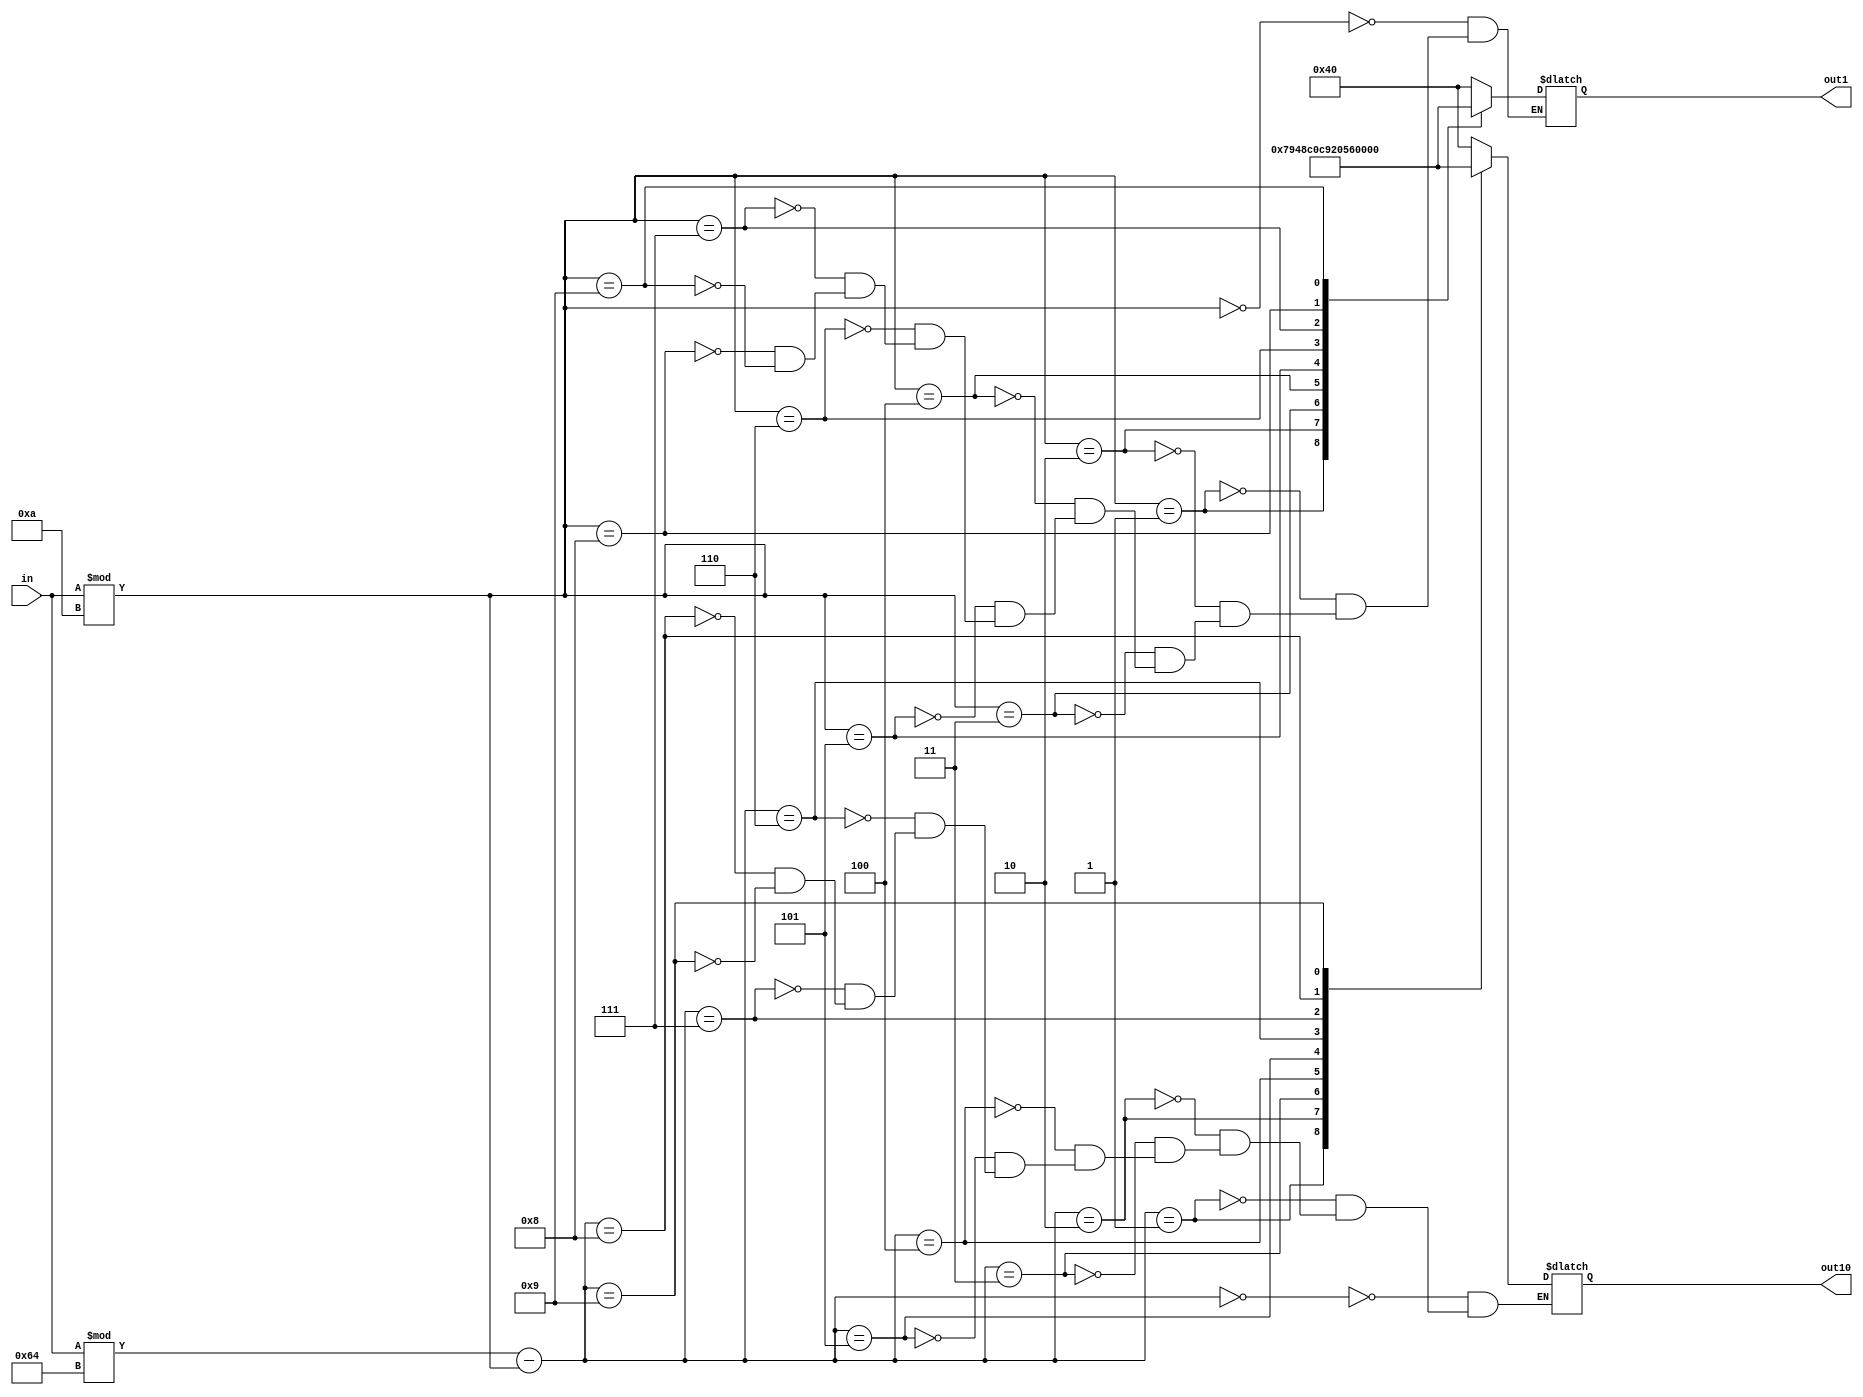
// This program was cloned from: https://github.com/Darkborderman/schoolWorks
// License: BSD 2-Clause "Simplified" License

`define TimeExpire 32'd50000000
`define countdownTime 8'd10

//display number between 0 to 99
module displayNumber(in,out10,out1);
//input number
input [7:0]in;
//out10 mean 10's, out1 mean 1's
output [6:0]out10;
output [6:0]out1;
reg [6:0]out10;
reg [6:0]out1;

always@(in)
begin
    case(in%100-in%10)
            5'd0: out10=7'b1000000;
            5'd1: out10=7'b1111001;
            5'd2: out10=7'b0100100;
            5'd3: out10=7'b0110000;
            5'd4: out10=7'b0011001;
            5'd5: out10=7'b0010010;
            5'd6: out10=7'b0000010;
            5'd7: out10=7'b1011000;
            5'd8: out10=7'b0000000;
            5'd9: out10=7'b0010000;
    endcase
    case(in%10)
            5'd0: out1=7'b1000000;
            5'd1: out1=7'b1111001;
            5'd2: out1=7'b0100100;
            5'd3: out1=7'b0110000;
            5'd4: out1=7'b0011001;
            5'd5: out1=7'b0010010;
            5'd6: out1=7'b0000010;
            5'd7: out1=7'b1011000;
            5'd8: out1=7'b0000000;
            5'd9: out1=7'b0010000;
    endcase
end
endmodule

module displayLight(safe,light);
input safe;
//display current LED light
output [2:0] light;
reg [2:0] light;

always@(safe)
begin
    //display one
    if(safe) light=3'b100;
    //display another one
    else light=3'b001;
end
endmodule

module countdown(reset,clk,out1,out10,light);
input reset,clk;

//display need to declear as output and wire
output [6:0]out1;
output [6:0]out10;
output [2:0]light;

wire [6:0]out1;
wire [6:0]out10;
wire [2:0]light;
//

//logic counter neeed to declear as reg
reg [31:0]count;
reg [7:0]second;
reg safe;
//

displayNumber DISNUM (.in(second),.out10(out10),.out1(out1));
displayLight DISLIT (.safe(safe),.light(light));

always@(posedge clk,negedge reset)
begin
    if(reset)
    begin
        count<=32'd0;
        second<=`countdownTime;
        safe<=1'b1;
    end
    else
    begin
        if(count==`TimeExpire)
        begin
            count<=32'd0;
            if(second==5'd0)
            begin
                second=5'd7;
                safe=1'b0;
            end
            else second=second-1'b1;
        end
        else count<=count+32'd1;
    end
end
endmodule